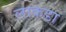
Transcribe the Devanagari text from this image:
लाकडा